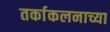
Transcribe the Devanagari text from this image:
तर्काकलनाच्या